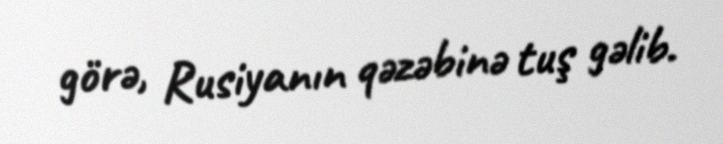
görə, Rusiyanın qəzəbinə tuş gəlib.